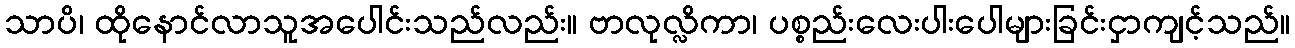
သာပိ၊ ထိုနောင်လာသူအပေါင်းသည်လည်း။ ဗာလုလ္လိကာ၊ ပစ္စည်းလေးပါးပေါများခြင်းငှာကျင့်သည်။